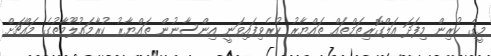
މީގެ ކުރިން މިފަދަ އަލްގޮރިތަމްތައް ތައްޔާރު ކުރެވިފައިވަނީ އިންސާނުން ތައްޔާރު ކުރާމައުލޫމާތުގެ މައްޗަށް